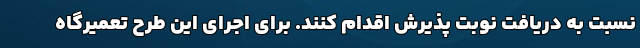
نسبت به دریافت نوبت پذیرش اقدام کنند. برای اجرای این طرح تعمیرگاه